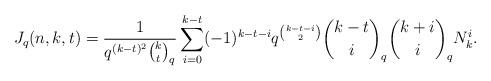
LaTeX: \begin{align*} J_q(n,k,t) =\frac{1}{q^{(k-t)^2}{k \choose t}_q}\sum\limits_{i=0}^{k-t} (-1)^{k-t-i}q^{{k-t-i \choose 2}}{k-t \choose i}_q{k+i \choose i}_q N_k^{i}. \end{align*}